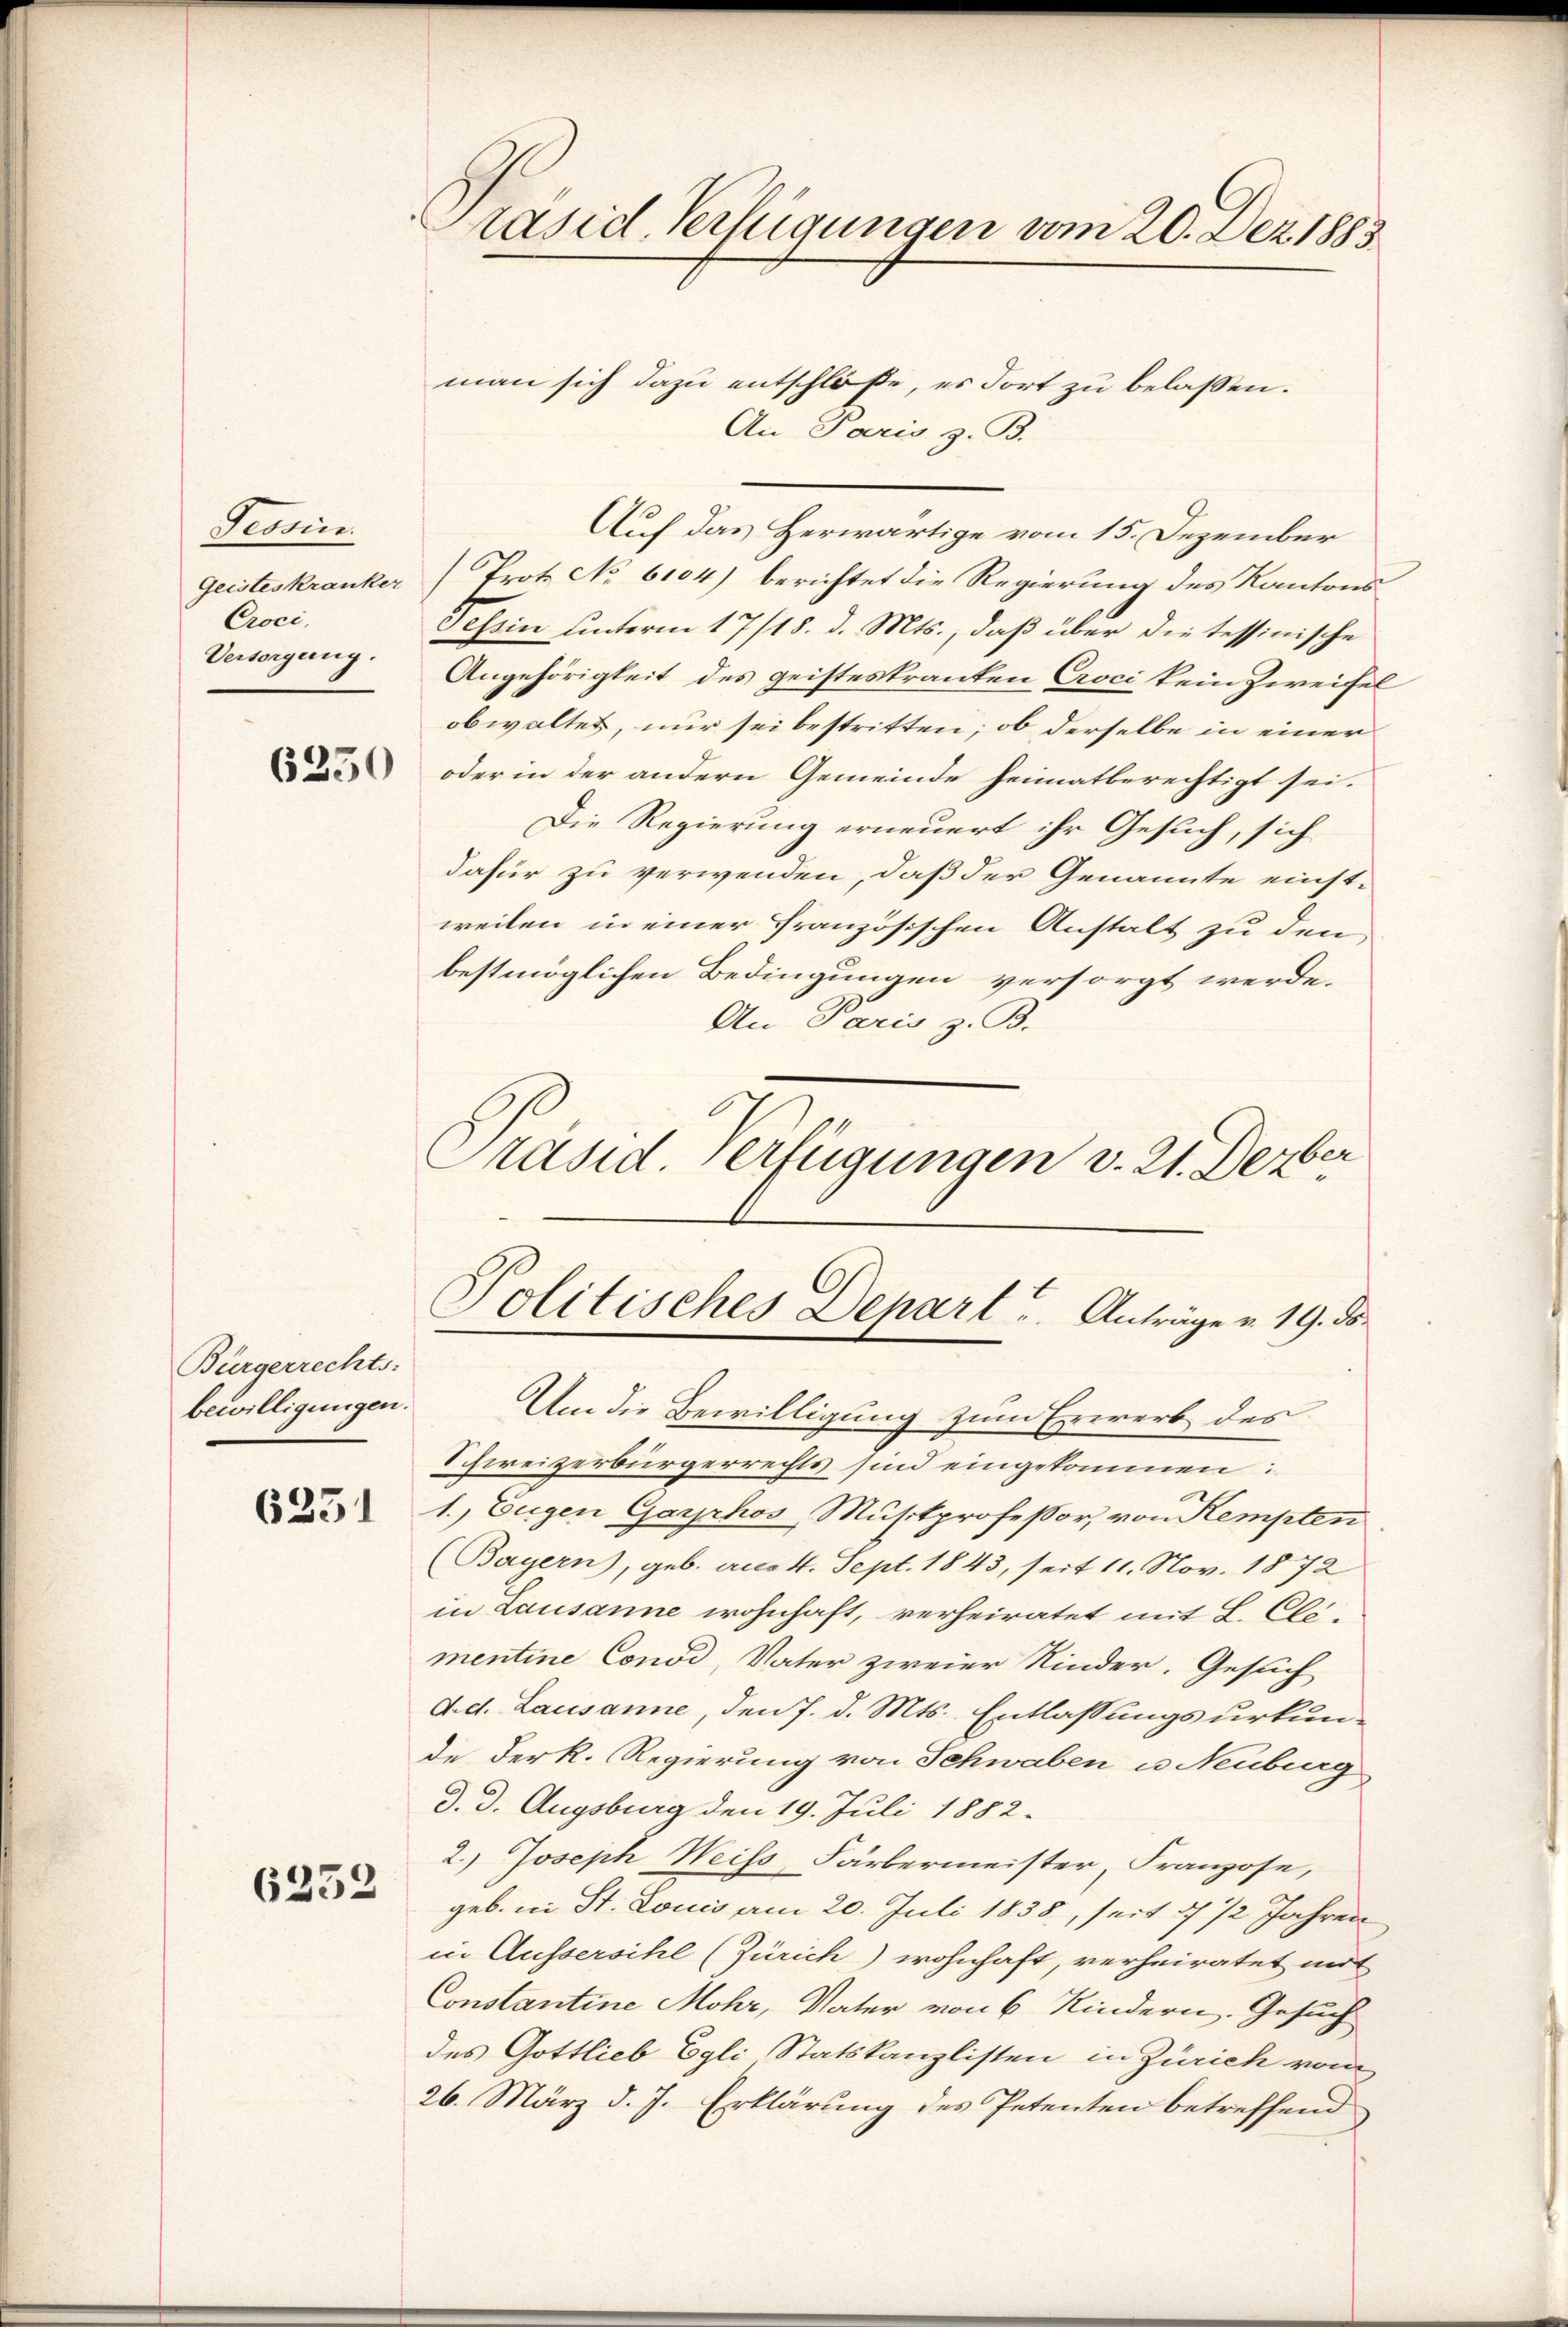
Tessin.
Croci,
Versorgung.

Bürgerrechts-
bewilligungen.

6251

6252

Präsid. Verfügungen vom 20. Dez. 1883

man sich dazu entschlöße, es dort zu belassen.
An Paris z. B.
Auf das Herwärtige vom 15. Dezember
Geisteskranker Trotz No 6104) berichtet die Regierung des Kantons
Tessin unterm 17/18. d. Mts., daß über die tessinische
Angehörigkeit des geisteskranken Croci kein Zweifel
obwaltet, nur sei bestritten; ob derselbe in einer
 oder in der andern Gemeinde heimatberechtigt sei.
Die Regierung erneuert ihr Gesuch, sich
dafür zu verwenden, daß der Genannte einstweilen in einer französischen Anstalt zu den
bestmöglichen Bedingungen versorgt werde.
An Paris z. B.
Präsid. Verfügungen v. 21. Dezber

Politisches Depart u. Anträge v. 19. ds.

Um die Bewilligung zum Erwerb des
Schweizerbürgerrechts sind eingekommen:
1., Eugen Garrhos, Musikprofessor, von Kempten
(Bayern), geb. am 4. Sept. 1843, seit 11. Nov. 1872
in Lausanne wohnhaft, verheiratet mit L. Cle-
mentine Consi, Vater zweier Kinder. Gesuch
d. d. Lausanne, den 7. d. Mts. Entlassungsurkun-
de der k. Regierung von Schwaben u. Neuburg
d. d. Augsburg den 19. Juli 1882.
2.) Joseph Weiss, Färbermeister, Franzose,
geb. in St. Louis am 20. Juli 1838, seit 4 1/2 Jahren
in Äussersihl (Zürich) wohnhaft, verheiratet mit
Constantine Mohr, Vater von 6 Kindern, Gesuch
des Gottlieb Egli Statskanzlisten in Zürich vom
26. März d. J. Erklärung des Petenten betreffend